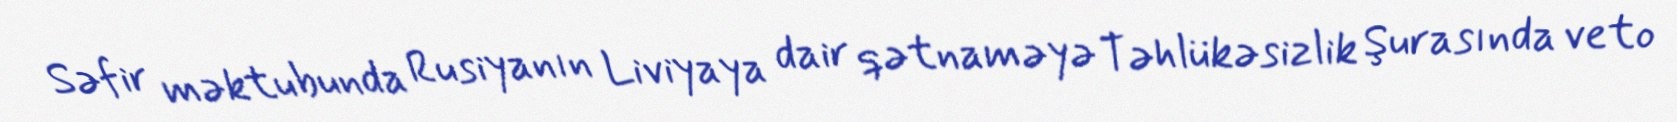
Səfir məktubunda Rusiyanın Liviyaya dair qətnaməyə Təhlükəsizlik Şurasında veto